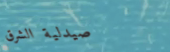
صيدلية الشرق